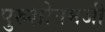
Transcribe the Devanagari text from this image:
पुरुशोत्तमजी